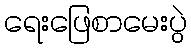
ရေးဖြေစာမေးပွဲ